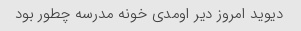
دیوید امروز دیر اومدی خونه مدرسه چطور بود